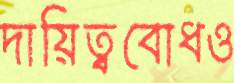
দায়িত্ববোধও